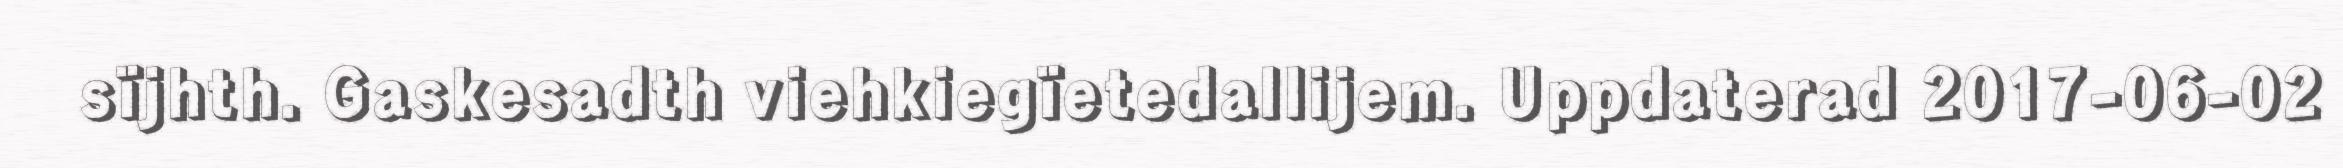
sïjhth. Gaskesadth viehkiegïetedallijem. Uppdaterad 2017-06-02